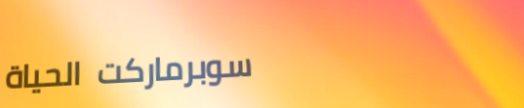
سوبرماركت الحياة